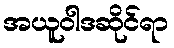
အယူဝါဒဆိုင်ရာ